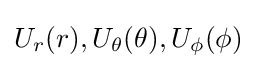
U_{r}(r),U_{\theta }(\theta ),U_{\phi }(\phi )